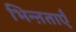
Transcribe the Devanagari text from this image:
भिन्ऩताएँ